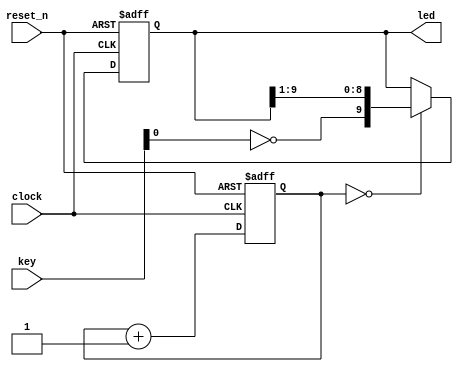
//----------------------------------------------------------------------------
//
//  Exercise   9. Shift register
//
//   9.  
//
//----------------------------------------------------------------------------

//----------------------------------------------------------------------------
//
//  Exercise   9.1. All components in one module
//
//   9.1.     
//
//----------------------------------------------------------------------------

module top
(
    input        clock,    // Clock signal 50 MHz  //   50 
    input        reset_n,  // Reset active low     //   
                                                   //  
    input  [3:0] key,      // Four buttons         //  
    output [9:0] led       // LEDs                 // 
);

    wire button = ~ key [0];

    reg [21:0] counter;

    //        
    // Counter to generate enable signal for the shift register

    always @(posedge clock or negedge reset_n)
    begin
        if (! reset_n)
            counter <= 22'b0;
        else
            counter <= counter + 22'b1;
    end

    wire shift_enable = (counter [21:0] == 22'b0);

    //  
    // Shift register

    reg [9:0] shift_reg;
    
    always @(posedge clock or negedge reset_n)
    begin
        if (! reset_n)
            shift_reg <= 10'b0;
        else if (shift_enable)
            shift_reg <= { button, shift_reg [9:1] };
    end

    assign led = shift_reg;

endmodule

//----------------------------------------------------------------------------
//
//  Exercise   9.2. Variant with a timer in a submodule
//
//   9.2.     
//
//----------------------------------------------------------------------------

module timer
(
    input  clock_50_mhz,
    input  reset_n,
    output strobe_with_period_0_35_second
);

    reg [21:0] counter;

    always @ (posedge clock_50_mhz or negedge reset_n)
    begin
        if (! reset_n)
            counter <= 22'b0;
        else
            counter <= counter + 22'b1;
    end

    assign strobe_with_period_0_35_second = (counter [21:0] == 22'b0);

endmodule

//----------------------------------------------------------------------------
    
module top_2
(
    input        clock,    // Clock signal 50 MHz  //   50 
    input        reset_n,  // Reset active low     //   
                                                   //  
    input  [3:0] key,      // Four buttons         //  
    output [9:0] led       // LEDs                 // 
);

    wire button = ~ key [0];

    wire shift_enable;

    //   
    // Timer module instance

    timer timer_i
    (
        .clock_50_mhz                   ( clock        ),
        .reset_n                        ( reset_n      ),
        .strobe_with_period_0_35_second ( shift_enable )
    );

    //  
    // Shift register

    reg [9:0] shift_reg;
    
    always @ (posedge clock or negedge reset_n)
    begin
        if (! reset_n)
            shift_reg <= 10'b0;
        else if (shift_enable)
            shift_reg <= { button, shift_reg [9:1] };
    end

    assign led = shift_reg;

endmodule

//----------------------------------------------------------------------------
//
//  Exercise   9.3. Using module hierarchy for both timer and shift register
//
//   9.3.        
//
//----------------------------------------------------------------------------

module shift
(
    input            clock,
    input            reset_n,
    input            shift_enable,
    input            button,
    output reg [9:0] shift_reg
);

    reg [9:0] counter;

    always @ (posedge clock or negedge reset_n)
    begin
        if (! reset_n)
            shift_reg <= 10'b0;
        else if (shift_enable)
            shift_reg <= { button, shift_reg [9:1] };
    end

endmodule

//--------------------------------------------------------------------
    
module top_3
(
    input        clock,    // Clock signal 50 MHz  //   50 
    input        reset_n,  // Reset active low     //   
                                                   //  
    input  [3:0] key,      // Four buttons         //  
    output [9:0] led       // LEDs                 // 
);

    wire button = ~ key [0];
    wire shift_enable;

    timer timer_i
    (
        .clock_50_mhz                   ( clock        ),
        .reset_n                        ( reset_n      ),
        .strobe_with_period_0_35_second ( shift_enable )
    );

    shift shift_i
    (
        .clock                          ( clock        ),
        .reset_n                        ( reset_n      ),
        .shift_enable                   ( shift_enable ),
        .button                         ( button       ),
        .shift_reg                      ( led          )
    );

endmodule